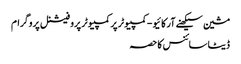
مشین سیکھنے آرکائیو - کمپیوٹر پر کمپیوٹر پروفیشنل پروگرام
ڈیٹا سائنس کا حصہ